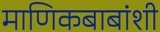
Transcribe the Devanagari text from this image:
माणिकबाबांशी